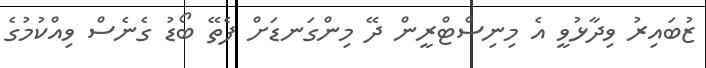
ޒުބައިރު ވިދާޅުވީ އެ މިނިސްޓްރީން ދޭ މިންގަނޑަށް ފެތޭ ބޯޑު ގެނެސް ވިއްކުމުގެ